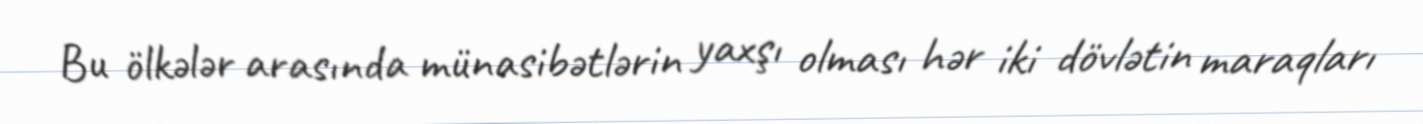
Bu ölkələr arasında münasibətlərin yaxşı olması hər iki dövlətin maraqları